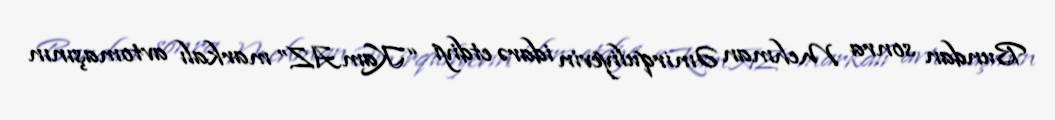
Bundan sonra Mehman Əmirquliyevin idarə etdiyi “KamAZ” markalı avtomaşının